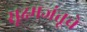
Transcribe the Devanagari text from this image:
सूक्ष्मजंतूचे